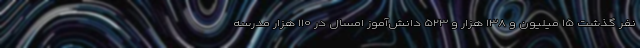
نفر گذشت ۱۵ میلیون و ۱۳۸ هزار و ۵۲۳ دانش‌آموز امسال در ۱۱۰ هزار مدرسه